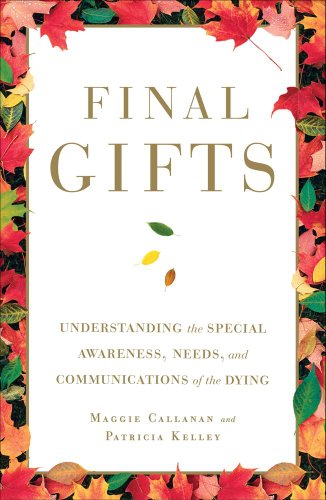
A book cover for Final Gifts: Understanding the Special Awareness, Needs, and Communications of the Dying; Maggie Callanan; Self-Help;